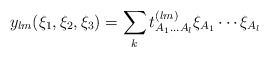
\begin{align*}y_{lm} (\xi_1, \xi_2, \xi_3)= \sum_k t^{(lm)}_{A_1 \ldots A_l} \xi_{A_1} \cdots \xi_{A_l}\,\end{align*}